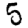
Digit: 5